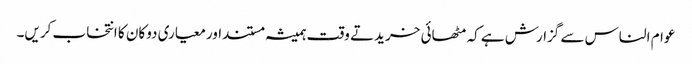
عوام الناس سے گزارش ہے کہ مٹھائی خریدتے وقت ہمیشہ مستنداورمعیاری دوکان کا انتخاب کریں۔